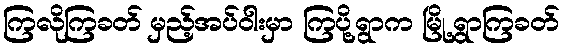
ကြလိုကြခတ် မှည့်အပ်ဝါးမှာ ကြပို့ရွာက မြို့ရွာကြခတ်